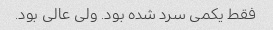
فقط یکمی سرد شده بود. ولی عالی بود.